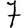
Digit: 7